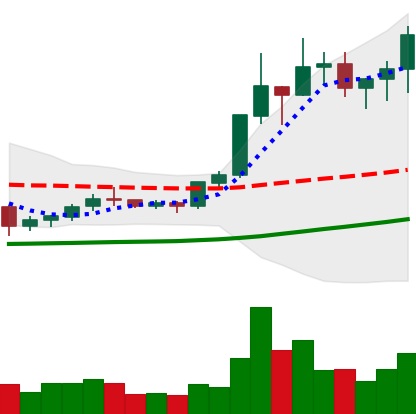
Ticker: XLM-USD
Chart end date: 2020-07-16
Forward return: -4.416%
Label: down_3_5